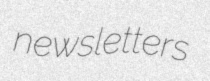
newsletters